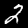
Label: 2